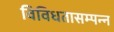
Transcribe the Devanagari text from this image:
विविधतासम्पन्न